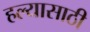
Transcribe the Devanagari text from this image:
हल्यासाठी